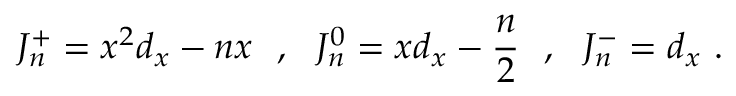
J _ { n } ^ { + } = x ^ { 2 } d _ { x } - n x \ \ , \ \ J _ { n } ^ { 0 } = x d _ { x } - { \frac { n } { 2 } } \ \ , \ \ J _ { n } ^ { - } = d _ { x } \ .